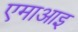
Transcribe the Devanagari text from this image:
एमाआइ